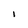
Character: I